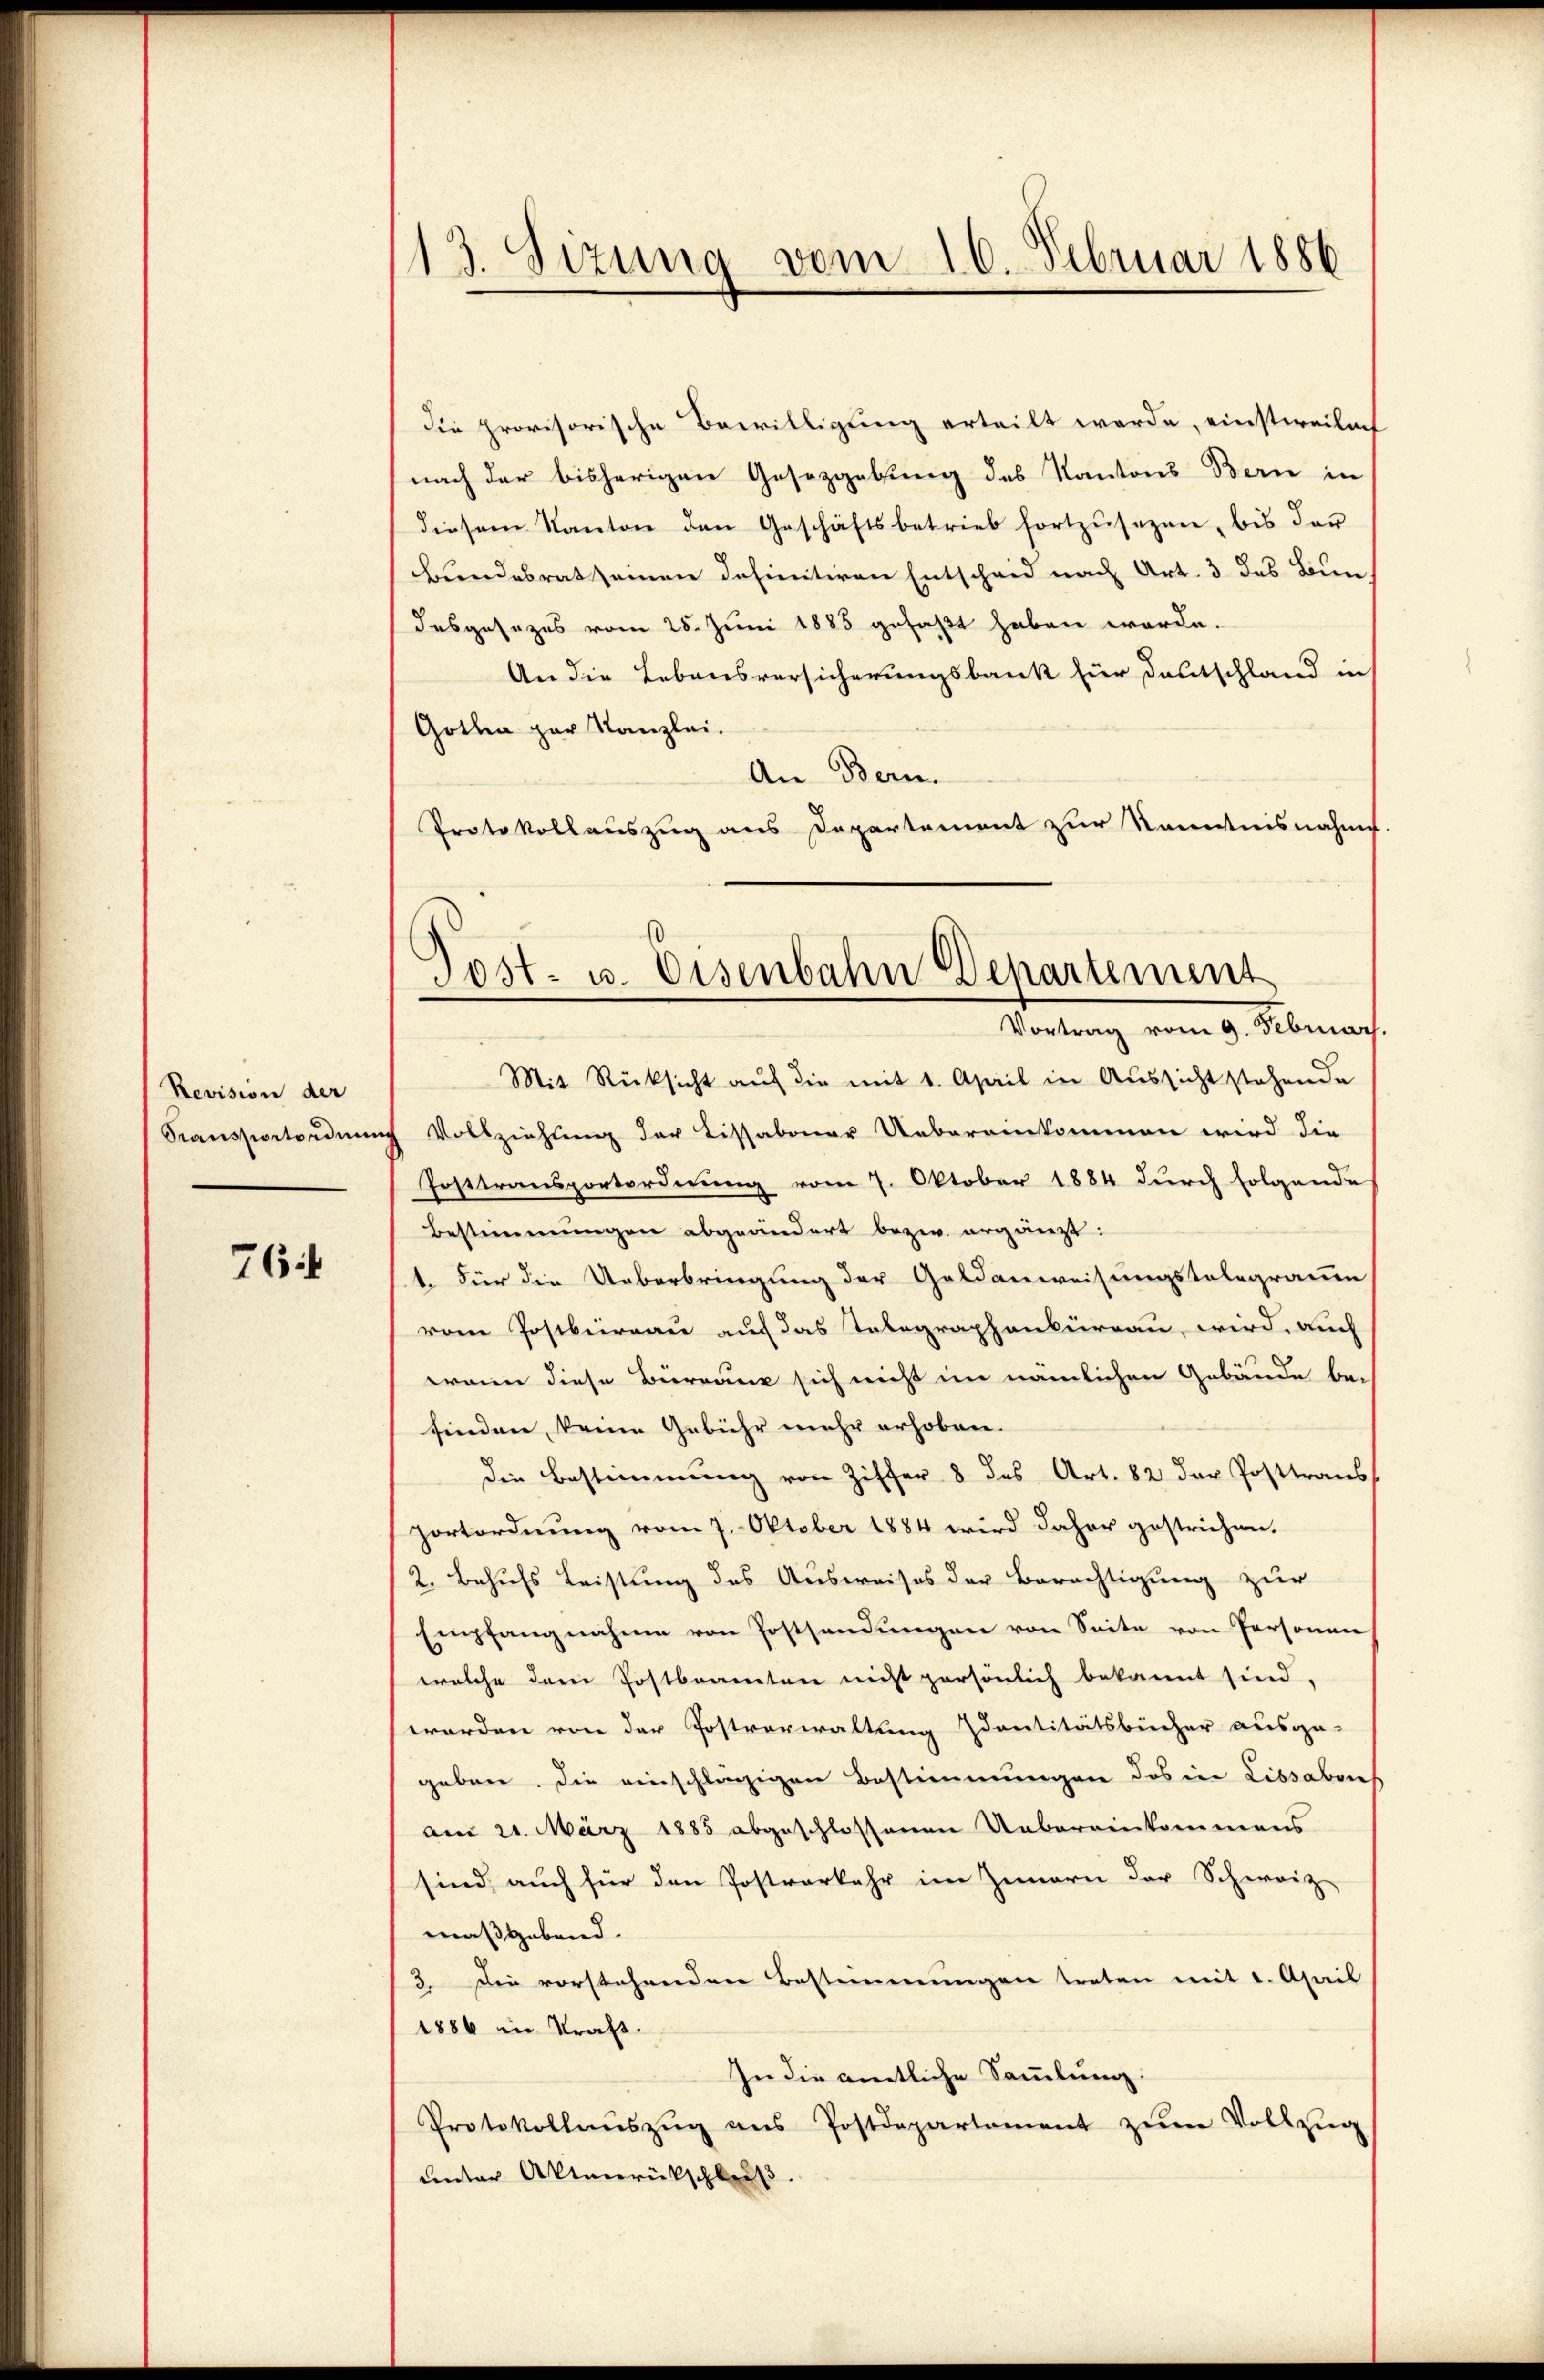
Revision der
Sransportordnun

76

113. Sizung vom 16. Februar 1886

Die provisorische Bewilligung erteilt werde, einstweiles
nach der bisherigen Gesetzgebung des Kantons Bern in
diesem Kanton den Geschäftsbetrieb fortzŭsezen, bis der
bundesrat seinen definitiven Entscheid nach Art. 3 des Bun-
desgesezes vom 25. Juni 1885 gefaßt haben werde.
An die Lebensversicherungsbank für Deutschland in
Gothin zur Kanzlei.
An Bern.
Protokollauszug aus Departement zur Kenntnisnahme
Mit Rücksicht auf die mit 1. April in Aussicht stehende
ch Vollziehung der Lissabonar Uebereinkommen wird die
Posttransportordnung vom 7. Oktober 1884 durch folgende
Bestimmungen abgeändert bezw. ergänzt:
1. Für die Ueberbringung der Geldanweisungstelegraum
vom Postbureau auf das Telegraphenbureau, wird, auch
wann diese Bürranz sich nicht im nämlichen Gebäude be-
finden, keine Gebühr mehr erhoben.
die Bestimmung von Ziffer 8 des Art. 82 der Posttrans
portordnung vom 7. Oktober 1884 wird daher gestrichen.
2. Behufs Leistung des Ausweises der Berechtigung zur
Empfangnahme von Postsandungen von Seite von Personen
welche dem Postbeamten nicht persönlich bekannt sind.
worden von der Postverwaltung Zdantitätsbücher ausge-
geben. Die einschlägigen Bestimmungen das in Libsabet
am 21. März 1885 abgeschlossenen Uebereinkommens
sind, auch für den Postverkehr im Innern der Schweiz
maßgebend.
3. Die vorstehenden Bestimmungen treten mit 1. April
1886 in Kraft.
In die amtliche Sammlung:
Protokollaŭszŭg ans Postdepartement zŭm Vollzug
unter Aktenrückschluß

Gost- u. Eisenbahn Departement
Vortrag vom 9. Februar.